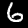
Digit: 6